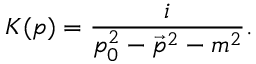
K ( p ) = { \frac { i } { p _ { 0 } ^ { 2 } - { \vec { p } } ^ { 2 } - m ^ { 2 } } } .